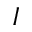
I